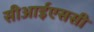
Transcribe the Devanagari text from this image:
सीआईएससी